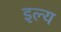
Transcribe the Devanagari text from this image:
इल्य